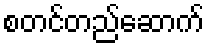
စတင်တည်ဆောက်